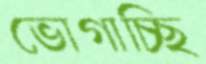
ভোগাচ্ছি